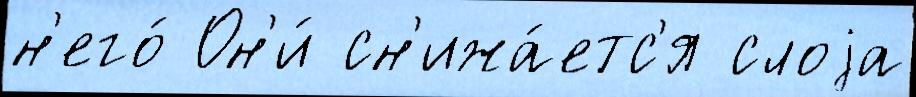
н'его́ Он'и́ сн'ижа́етс'я слоjа